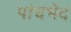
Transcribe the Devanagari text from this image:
पांचभेद